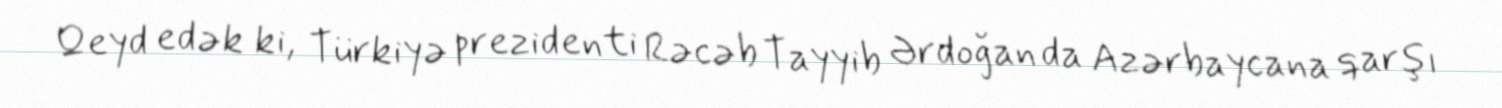
Qeyd edək ki, Türkiyə prezidenti Rəcəb Tayyib Ərdoğan da Azərbaycana qarşı